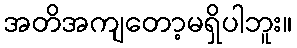
အတိအကျတော့မရှိပါဘူး။